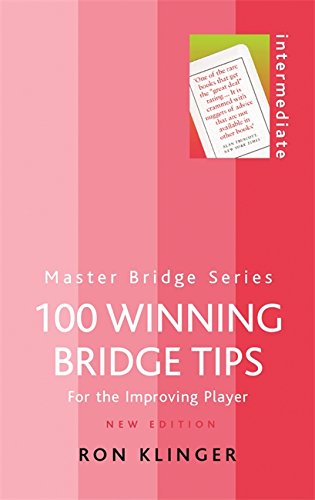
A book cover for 100 Winning Bridge Tips: For The Improving Player (Master Bridge Series); Ron Klinger; Humor & Entertainment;